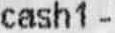
CASH1 -